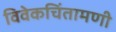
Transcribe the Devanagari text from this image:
विवेकचिंतामणी